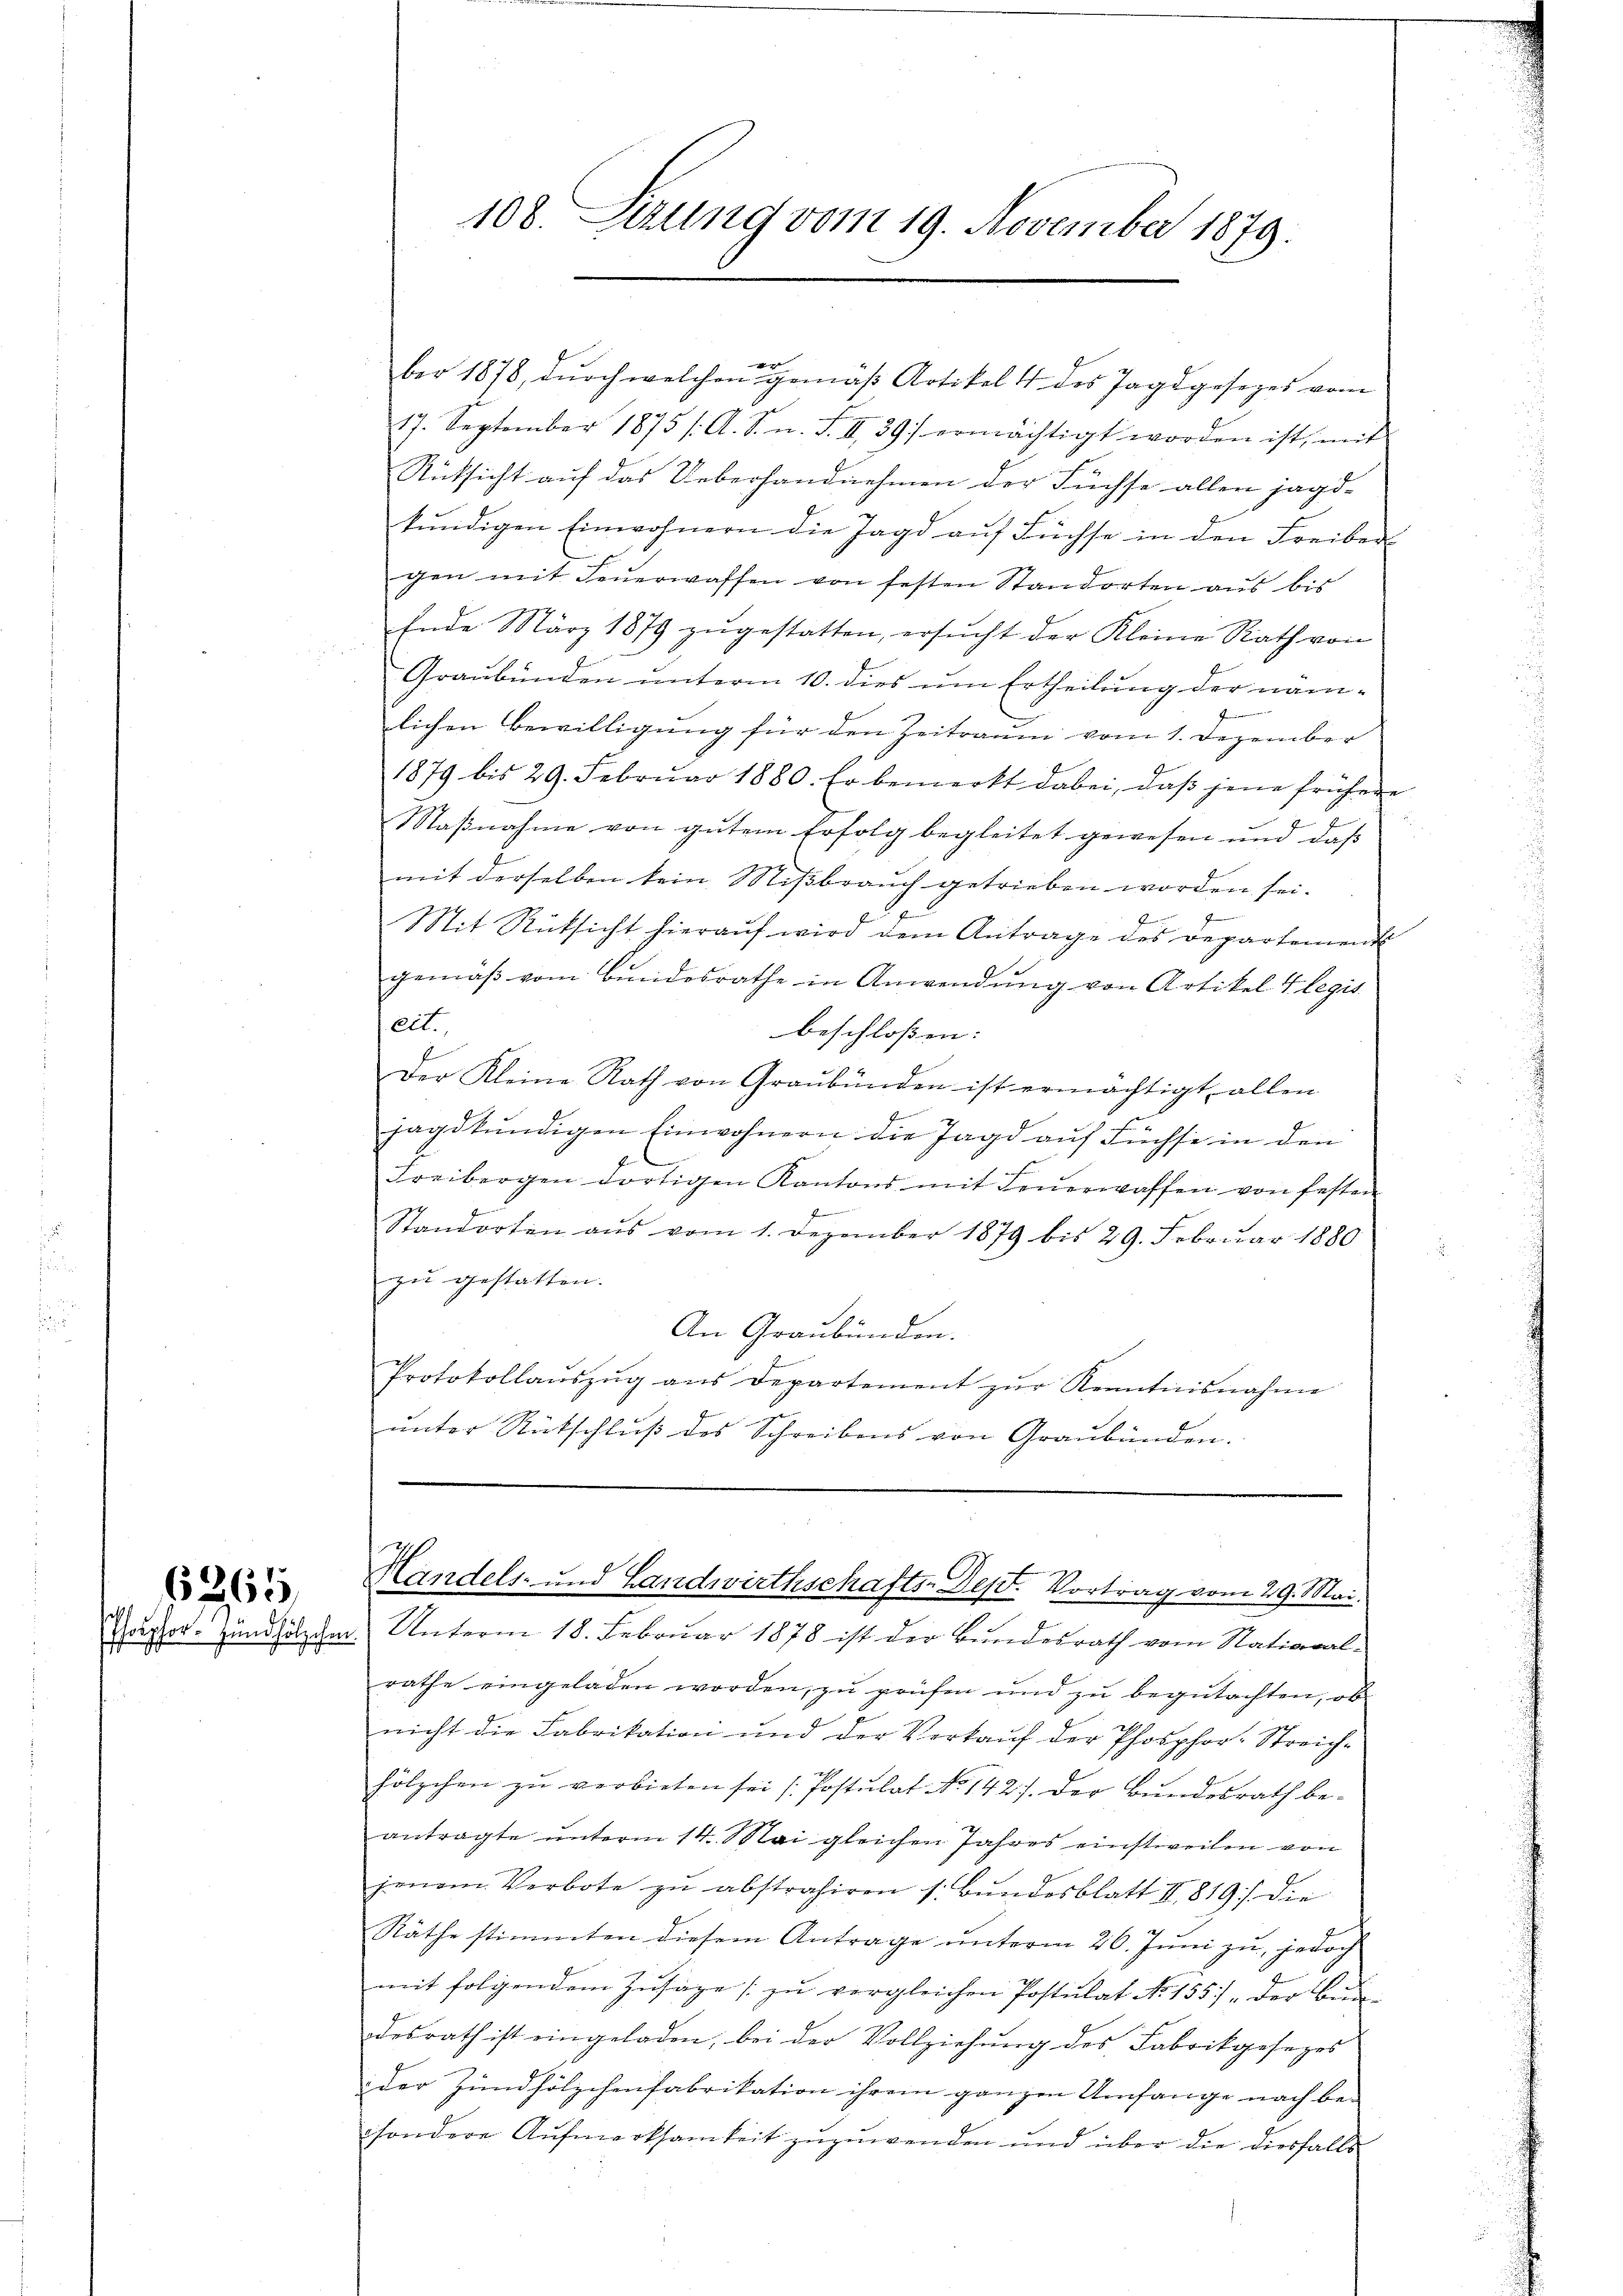
6365

108. Sizung vom 19. November 1879.

er
ber 1878, durch welchen gemäß Artikel 4 des Jagdgesezes vom
17. September 1875 /: A. S. n. F. II 39/ ermächtigt worden ist, mit
Rücksicht auf das Ueberhandnehmen der Füchse allen jagd-
kundigen Einwohnern die Jagd auf Füchse in den Freiber-
gen mit Feŭerwassen von festen Standorten aus bis
Ende März 1879 zŭgestatten, ersŭcht der Kleine Rath von
Graubünden unterm 10. dies um Ertheilung der näm-
r
lichen Bewilligung für den Zeitraum vom 1. Dezember
1879 bis 29. Febrŭar 1880. Er bemerkt dabei, daβ jene frühere
Maβnahme von gutem Erfolg begleitet gewesen und daß
mit derselben kein Mißbrauch getrieben worden sei.
P
Mit Rüksicht hieraŭf wird dem Antrage des Departement
gemäβ vom Bundesrathe in Anwendung von Artikel legis
eit.
beschlossen:
Der Kleine Rath von Graubünden ist ermächtigt allen
jagdkundigen Einwohnern die Jagd auf Füchse in den
Freibergen dortigen Kantons mit Feŭerwaffen von festen
F
Standorten aus vom 1. Dezember 1879 bis 29. Februar 1880
zu gestatten.
An Graubünden.
Protokollaŭszŭg aŭs Departement zŭr Kenntnisnahme
ŭnter Rutschlŭβ des Schreibens von Graubünden.

Handels- und Landwirthschafts-Dept. Vortrag vom 29. Mai.

Saphor-Zündhölzche Unterm 18. Februar 1878 ist der Bundesrath vom National-
rathe eingeladen worden, zu prüfen und zu begutachten, ob
nicht die Fabrikation und der Verkaŭf der Phosphor-Streich-
hölzchen zŭ verbieten sei (Postulat No 142). Der Bundesrath be-
antragte unterm 14. Mai gleichen Jahres einstweilen von
jenem Verbote zŭ abstrahiren s. Bŭndesblatt II 819 die
Räthe stimmten diesem Antrage ŭnterm 26. Jŭni zŭ, jedoch
mit folgendem Zusage zŭ vergleichen Postulat No. 155. " der Bundesrath ist eingeladen, bei der Vollziehŭng des Fabrikgesezes
der Zündhölzchenfabrikation ihrem ganzen Umfange nach besondere Aufmerksamkeit zuzuwenden und über die diesfalls